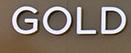
gold